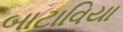
બાટાવિયા